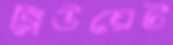
ব্লিউয়েট